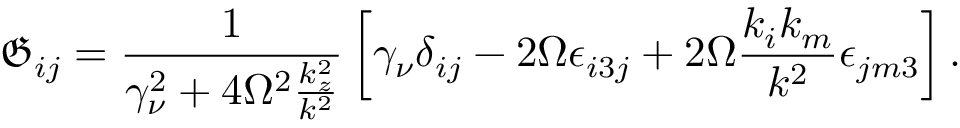
\mathfrak { G } _ { i j } = \frac { 1 } { \gamma _ { \nu } ^ { 2 } + 4 \Omega ^ { 2 } \frac { k _ { z } ^ { 2 } } { k ^ { 2 } } } \left[ \gamma _ { \nu } \delta _ { i j } - 2 \Omega \epsilon _ { i 3 j } + 2 \Omega \frac { k _ { i } k _ { m } } { k ^ { 2 } } \epsilon _ { j m 3 } \right] .